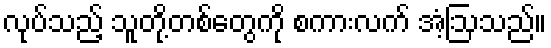
လုပ်သည့် သူတို့တစ်တွေကို စကားလက် အံ့ဩသည်။